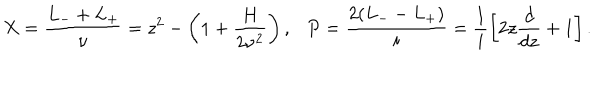
X = \frac { L _ { - } + L _ { + } } { \nu } = z ^ { 2 } - \left( 1 + \frac { H } { 2 \nu ^ { 2 } } \right) , P = \frac { 2 ( L _ { - } - L _ { + } ) } { i } = \frac { 1 } { i } \left[ 2 z \frac { d } { d z } + 1 \right] .